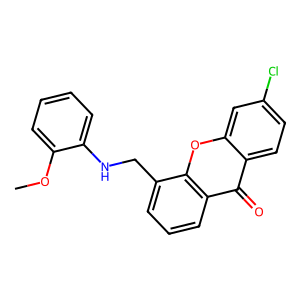
SMILES: COc1ccccc1NCc1cccc2c(=O)c3ccc(Cl)cc3oc12
Inhibits HIV replication: No